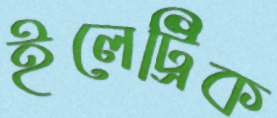
ইলেট্রিক